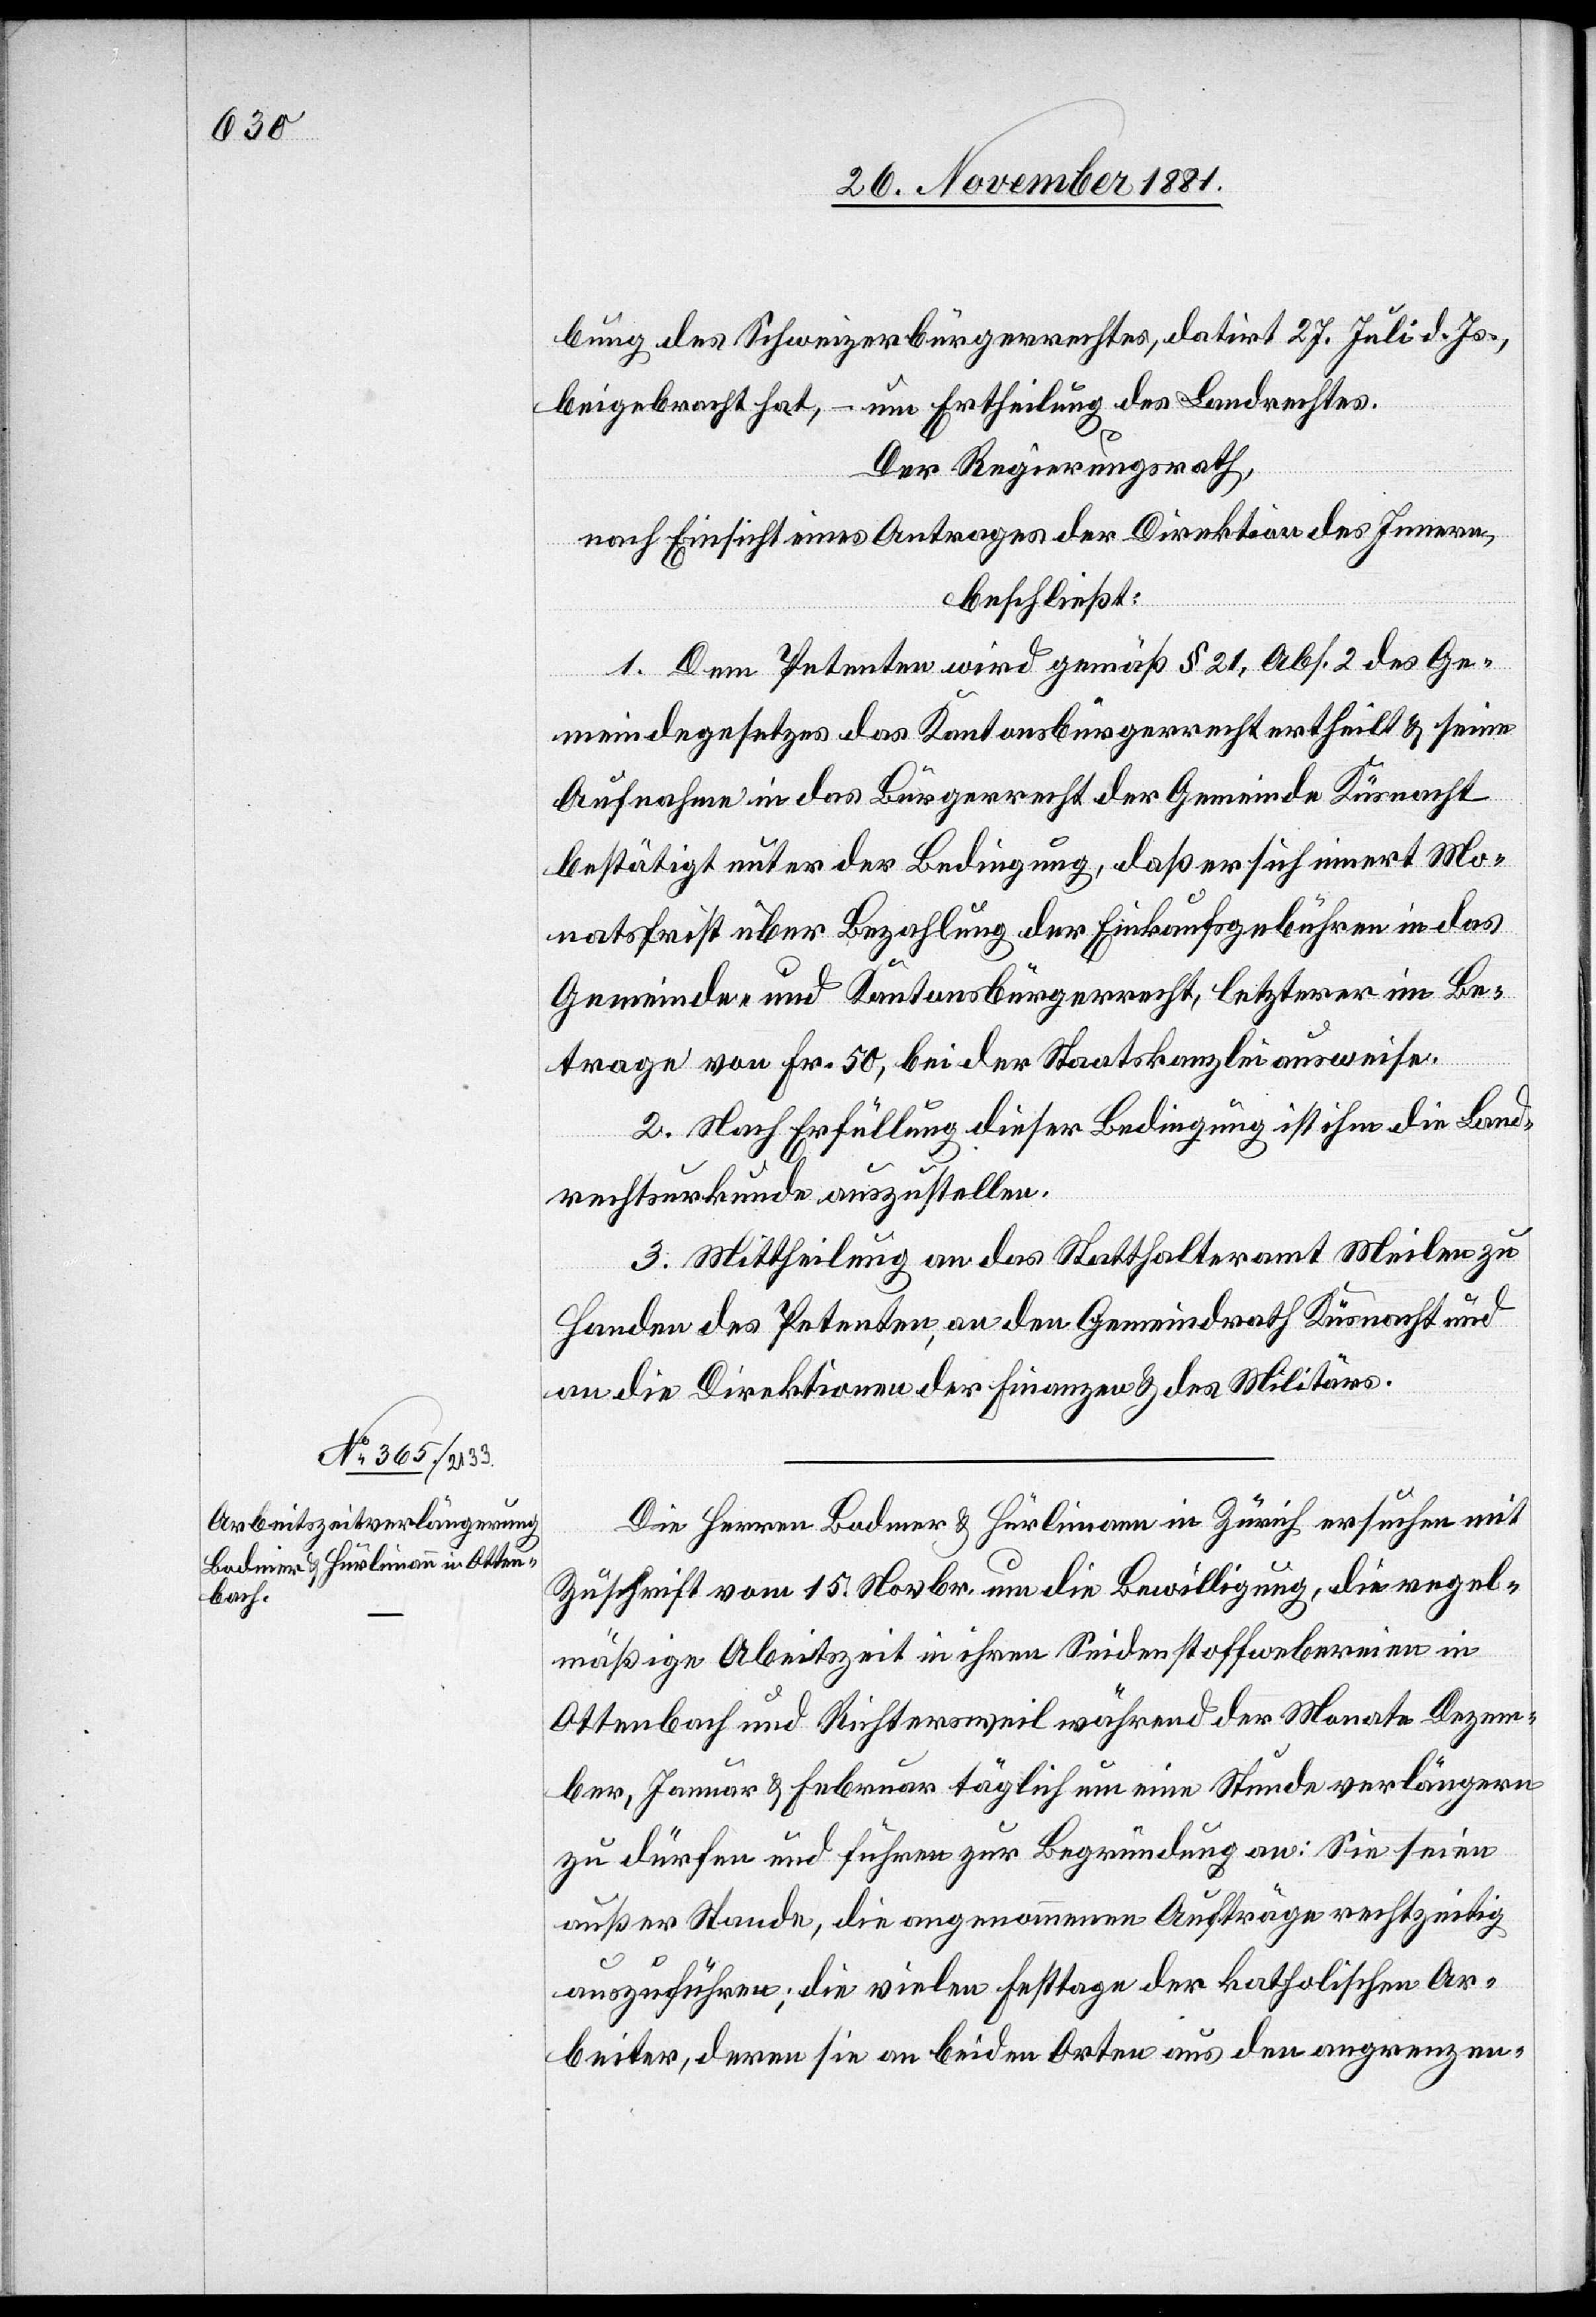
bung des Schweizerbürgerrechtes, datirt 27. Juli d. Js.,
beigebracht hat, – um Ertheilung des Landrechtes.
Der Regierungsrath,
nach Einsicht eines Antrages der Direktion des Innern,
beschließt:
1. Dem Petenten wird gemäß § 21, Abs. 2 des Ge¬
meindegesetzes das Kantonsbürgerrecht ertheilt & seine
Aufnahme in das Bürgerrecht der Gemeinde Küsnacht
bestätigt unter der Bedingung, daß er sich innert Mo¬
natsfrist über Bezahlung der Einkaufsgebühren in das
Gemeinde- & Kantonsbürgerrecht, letzterer im Be¬
trage von Fr. 50, bei der Staatskanzlei ausweise.
2. Nach Erfüllung dieser Bedingung ist ihm die Land¬
rechtsurkunde auszustellen.
3. Mittheilung an das Statthalteramt Meilen zu
Handen der Petenten, an den Gemeindrath Küsnacht und
an die Direktion der Finanzen & des Militärs.
Die Herren Bodmer & Hürlimann in Zürich ersuchen mit
Zuschrift vom 15. Novbr. um die Bewilligung, die regel¬
mäßige A[r]beitszeit in ihren Seidenstoffwebereien in
Ottenbach und Richtersweil während der Monate Dezem¬
ber, Januar & Februar täglich um eine Stunde verlängern
zu dürfen und führen zur Begründung an: Sie seien
außer Stande, die angenommenen Aufträge rechtzeitig
auszuführen; die vielen Festtage der katholischen Ar¬
beiter, deren sie an beiden Orten aus den angrenzen-